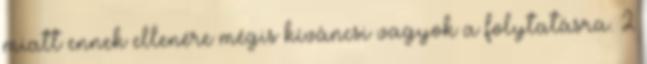
miatt ennek ellenére mégis kíváncsi vagyok a folytatásra. 2